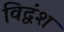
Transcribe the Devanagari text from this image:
विद्वंश